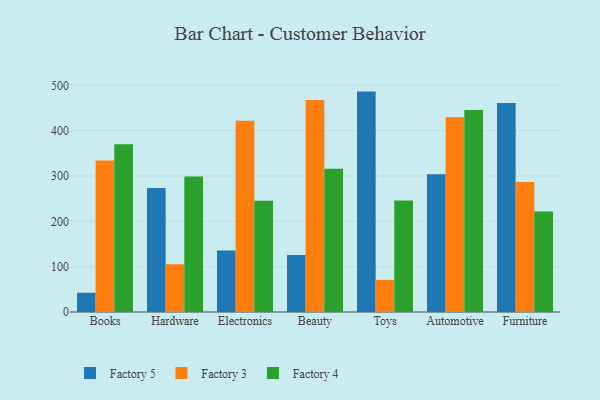
{"axis": {"x": "Category", "y": "Tickets Resolved"}, "legend": ["Factory 3", "Factory 4", "Factory 5"], "data": [{"x": "Books", "y": 42.5, "type": "Factory 5"}, {"x": "Books", "y": 333.9, "type": "Factory 3"}, {"x": "Books", "y": 370.2, "type": "Factory 4"}, {"x": "Hardware", "y": 273.6, "type": "Factory 5"}, {"x": "Hardware", "y": 105.3, "type": "Factory 3"}, {"x": "Hardware", "y": 299.0, "type": "Factory 4"}, {"x": "Electronics", "y": 135.4, "type": "Factory 5"}, {"x": "Electronics", "y": 421.9, "type": "Factory 3"}, {"x": "Electronics", "y": 245.1, "type": "Factory 4"}, {"x": "Beauty", "y": 125.5, "type": "Factory 5"}, {"x": "Beauty", "y": 467.3, "type": "Factory 3"}, {"x": "Beauty", "y": 315.8, "type": "Factory 4"}, {"x": "Toys", "y": 486.1, "type": "Factory 5"}, {"x": "Toys", "y": 71.0, "type": "Factory 3"}, {"x": "Toys", "y": 246.1, "type": "Factory 4"}, {"x": "Automotive", "y": 303.8, "type": "Factory 5"}, {"x": "Automotive", "y": 429.7, "type": "Factory 3"}, {"x": "Automotive", "y": 445.4, "type": "Factory 4"}, {"x": "Furniture", "y": 461.1, "type": "Factory 5"}, {"x": "Furniture", "y": 286.9, "type": "Factory 3"}, {"x": "Furniture", "y": 221.8, "type": "Factory 4"}]}